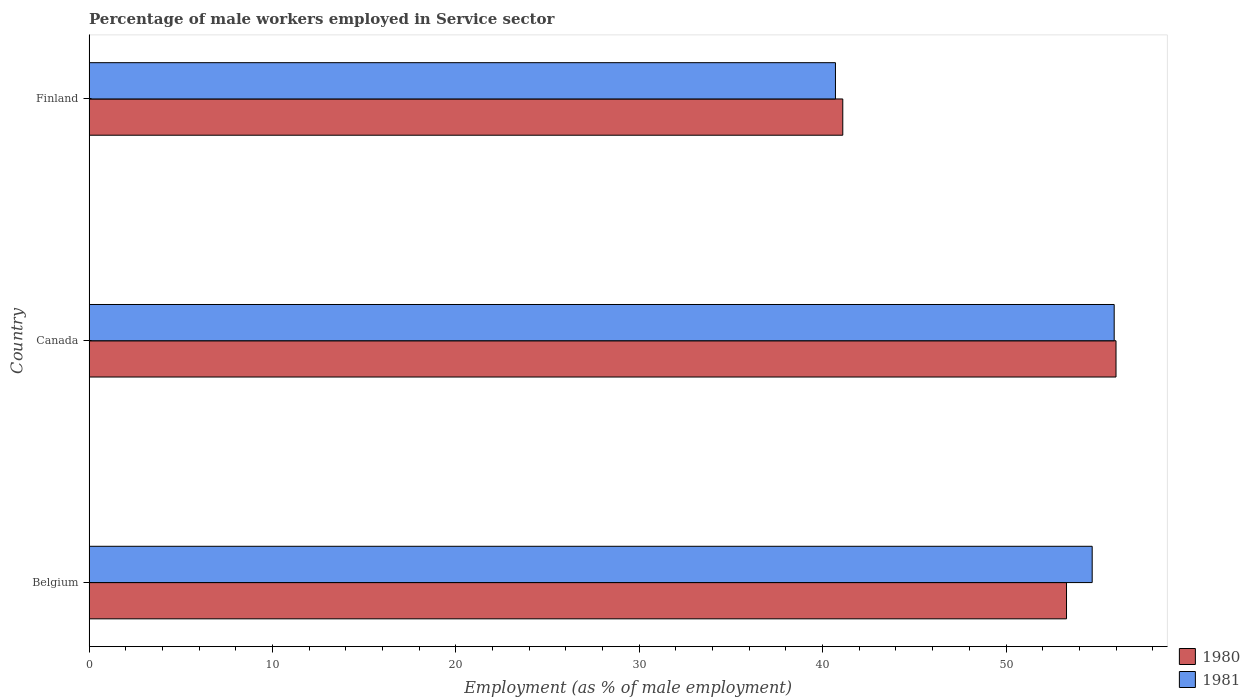
| Country | 1980 | 1981 |
 | --- | --- | --- |
 | Belgium | 53.3 | 54.7 |
 | Canada | 56 | 55.9 |
 | Finland | 41.1 | 40.7 |